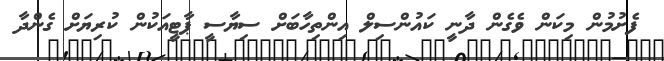
ފެށުމުން މިކަން ވެގެން ދާނީ ކައުންސިލް އިންތިހާބަށް ސިޔާސީ ޕާޓީއަކުން ކުރިޔަށް ގެންދާ